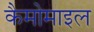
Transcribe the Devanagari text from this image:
कैमोमाइल